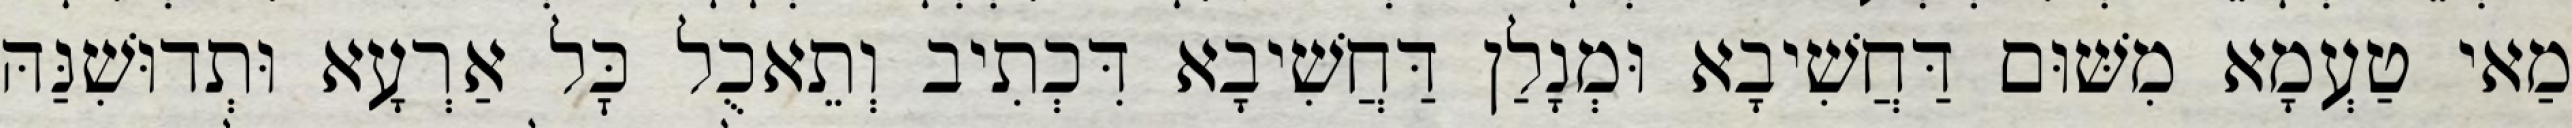
מַאי טַעְמָא מִשּׁוּם דַּחֲשִׁיבָא וּמְנָלַן דַּחֲשִׁיבָא דִּכְתִיב וְתֵאכֻל כׇּל אַרְעָא וּתְדוּשִׁנַּהּ